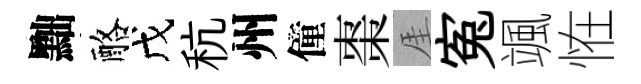
黜酪戊秔州僮棗厓寃颯恠